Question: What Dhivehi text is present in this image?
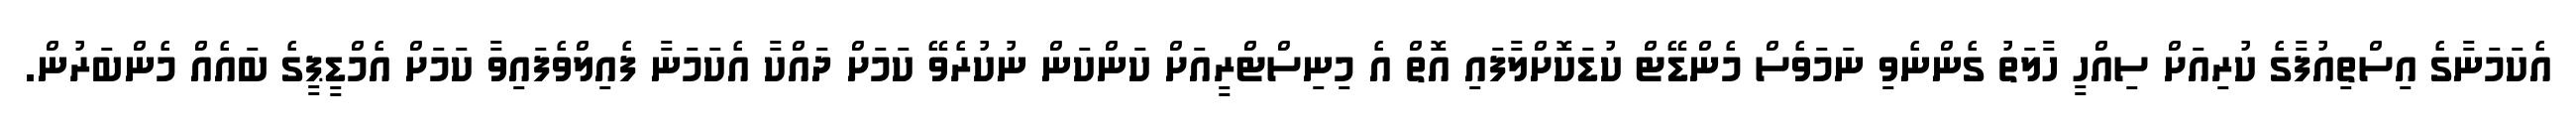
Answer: އެކަމަނާގެ އިސްތިއުފާގެ ކުރިއަށް ސިއްހީ ހާލަތު ގެންނެވި ނަމަވެސް މެންޑޭޓް ކުޑަކޮށްލާފައި އޮތް އެ މިނިސްޓްރީއަށް ކަންކަން ނުކުރެވޭ ކަމަށް ދައްކާ އެކަމަނާ ފެއިލްވެފައިވާ ކަމަށް އެމްޑީޕީގެ ބައެއް މެންބަރުން.